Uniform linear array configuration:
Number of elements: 64
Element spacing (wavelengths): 1
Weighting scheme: hann
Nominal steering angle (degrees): -45
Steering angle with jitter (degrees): -44.083
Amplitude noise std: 0.05
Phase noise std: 0.05

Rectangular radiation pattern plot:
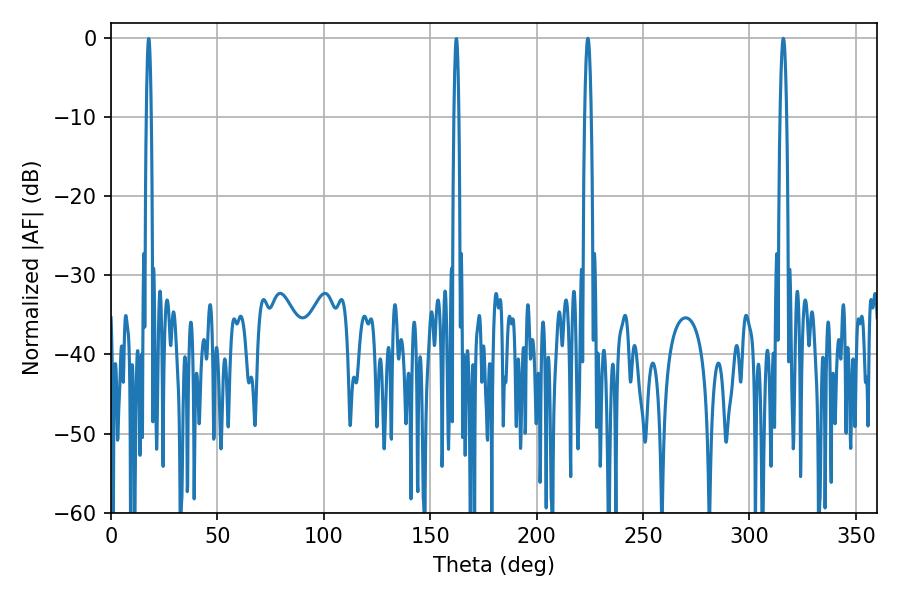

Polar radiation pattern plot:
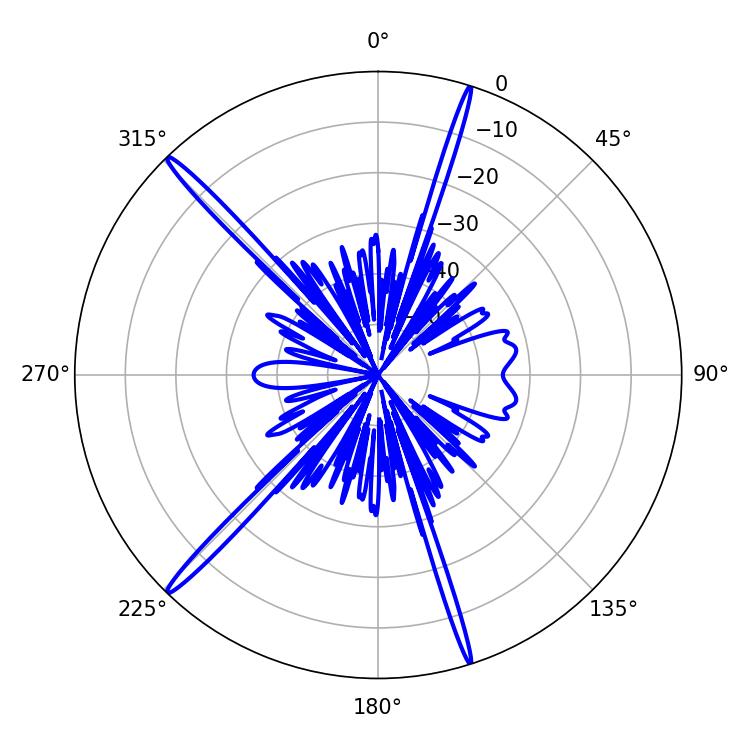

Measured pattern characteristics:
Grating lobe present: TRUE
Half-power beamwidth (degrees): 1.62
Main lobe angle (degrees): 224.1